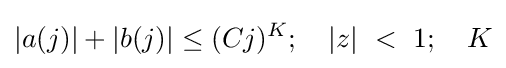
|a(j)|+|b(j)|\leq (Cj)^{K};\quad |z|\ <\ 1;\quad K